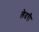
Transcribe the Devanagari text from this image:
लेदरी